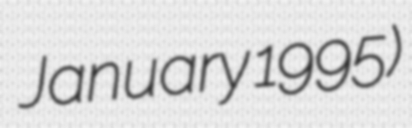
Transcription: January 1995)